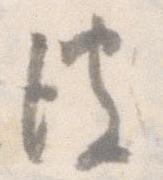
彼